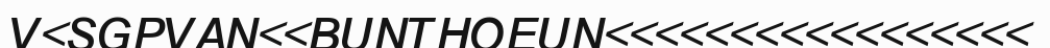
V<SGPVAN<<BUNTHOEUN<<<<<<<<<<<<<<<<<